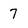
Character: 7